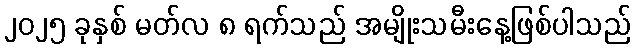
၂၀၂၅ ခုနှစ် မတ်လ ၈ ရက်သည် အမျိုးသမီးနေ့ဖြစ်ပါသည်